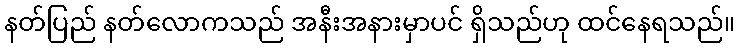
နတ်ပြည် နတ်လောကသည် အနီးအနားမှာပင် ရှိသည်ဟု ထင်နေရသည်။